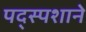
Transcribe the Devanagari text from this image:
पद्स्पशाने